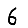
Digit: 6